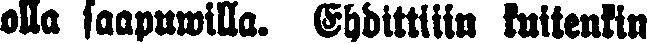
olla saapuwilla. Ehdittiiin kuitenkin